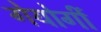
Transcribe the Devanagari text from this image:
गेयोर्गी